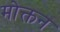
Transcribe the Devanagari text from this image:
मोक्तन